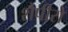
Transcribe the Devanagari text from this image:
शैपीरो